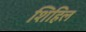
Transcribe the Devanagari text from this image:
शिहिल